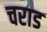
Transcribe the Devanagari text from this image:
चराड